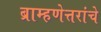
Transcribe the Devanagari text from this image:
ब्राम्हणेत्तरांचे